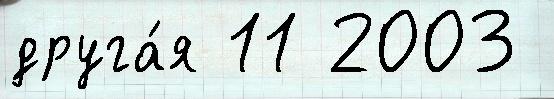
друга́я 11 2003